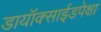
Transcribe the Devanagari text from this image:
डायॉक्साईडपेक्षा